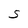
Character: S